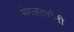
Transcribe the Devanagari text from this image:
मंगलवर्धनी